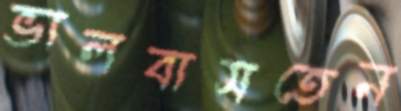
ভালবাসতেন